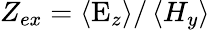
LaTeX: Z_{ex}=\left\langle\mathrm{E}_{z}\right\rangle/\left\langle H_{y}\right\rangle